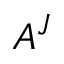
A ^ { J }